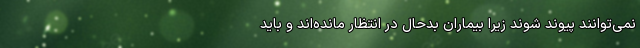
نمی‌توانند پیوند شوند زیرا بیماران بدحال در انتظار مانده‌اند و باید